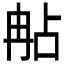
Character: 𠕟